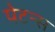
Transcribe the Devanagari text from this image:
पेटन्स